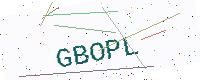
Text: GBOPL